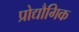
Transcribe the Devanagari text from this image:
प्रोद्यौगिक